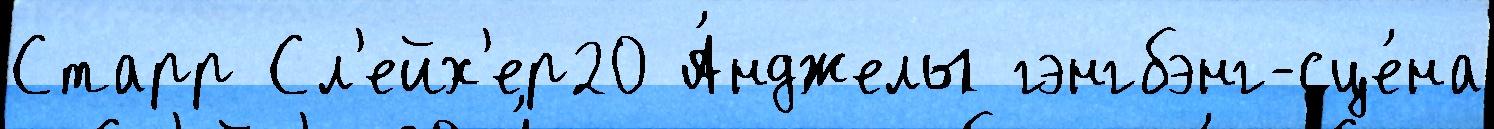
Старр Сл'ейх'ер20 А́нджелы гэнгбэнг-сце́на